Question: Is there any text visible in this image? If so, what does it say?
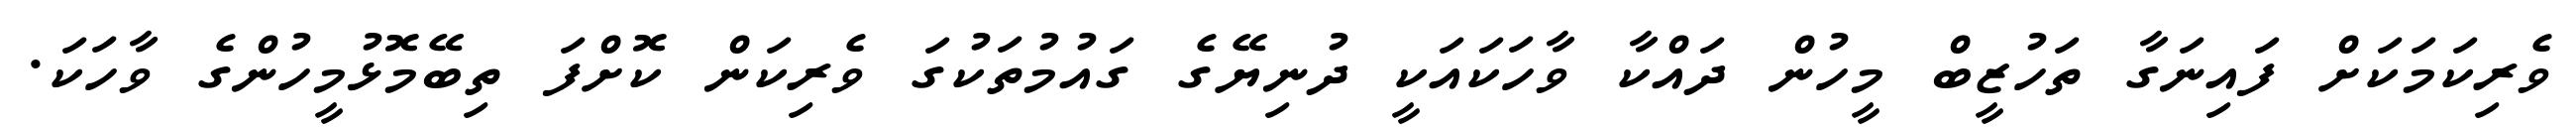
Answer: ވެރިކަމަކަށް ފައިނަގާ ތަހުޒީބް މީހުން ދައްކާ ވާހަކައަކީ ދުނިޔޭގެ ގައުމުތަކުގަ ވެރިކަން ކޮށްފަ ތިބޭމޮޅުމީހުންގެ ވާހަކަ.